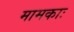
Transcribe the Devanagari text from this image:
मामकाः